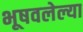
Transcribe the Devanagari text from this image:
भूषवलेल्या